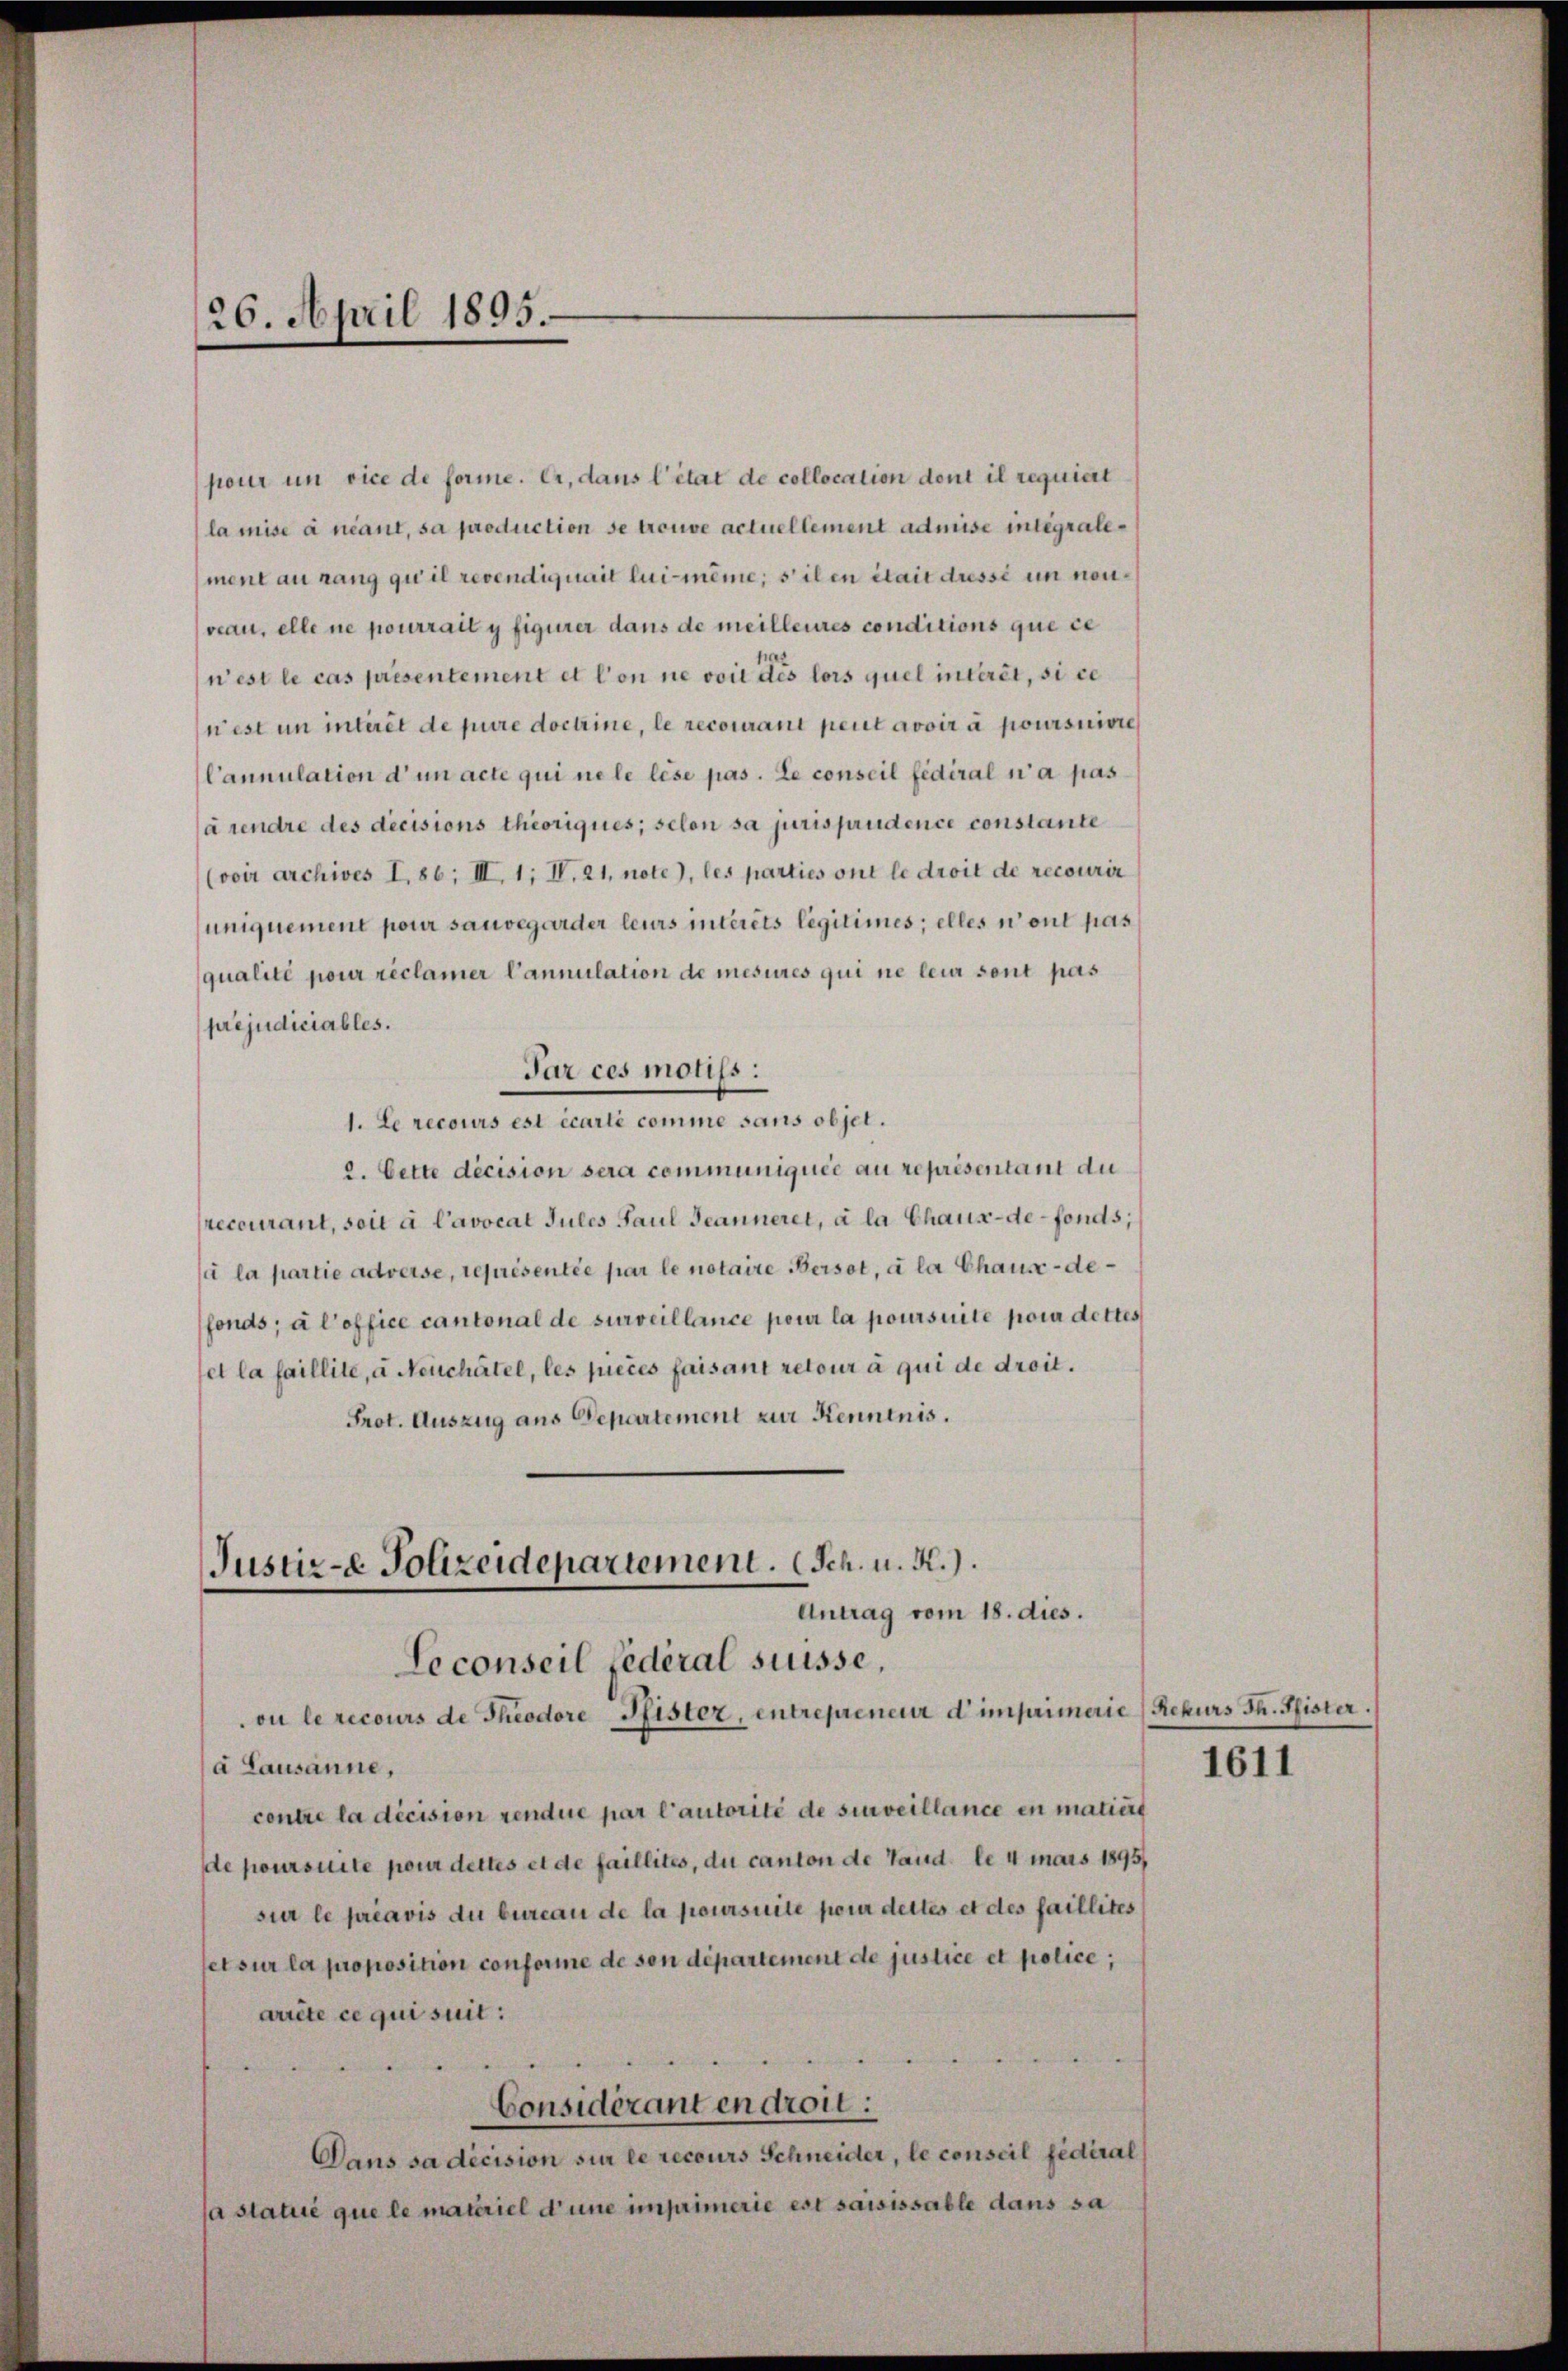
26. April 1895.

pour um vice de forme. Er, dans l’état de collocation dont il requiert
la mise à nant, sa production se trouve actuellement admise integralement au rang qui il revendiquait lui-même, silen était dresse im nonveau, elle ne pourrail y figurer dans de meilleures conditions que ce
n’est le cas présentement et l’on ne voil des lors quel interet, si ce
n’est um intiret de pure doctrine, le recourant peut avoir à poursuivre
Cannulation d’un acte qui ne le lese pas. Le conseil fédéral n’a pas
à rendre des decisions theoriques; selon sa jurisprudence constante
(voir archives I, 86; III. 1; V. 21, note), les parties ont le droit de recourir
uniquement pour sauvegarder leurs interets legitimes; elles n’ont pas
qualité pour réclamer Cannulation de mesures qui ne leur sont pas
préjudiciables.
Par ces motifs :
1. Le recours est écarlé comme sans objet.
2. Cette decision sera communiquée au représentant du
recourant, soit à l’avocat Jules Paul Jeanneret, à la Chaux-de-Fonds,
si la partie adverse, représentée par le notaire Persot, à la Chause - defonds; à l’office cantonal de surveillance pour la poursuite pour dettes
fet la faillite, a Neuchâtel, les pieces faisant retour à qui de droit.
Prot. Auszug aus Departement zur Kenntnis.
Justiz-e Polizeidepartement. (Sch. u. A.).
Antrag vom 18. dies.
Seconseil fédéral suisse,
ou le recours de Theodore Pfister, entrepreneur d’imprimerie (Rekurs Th. Pfister.
a Lausanne,
contre la décision rendue par l’autorité de surveillance in matiert
de poursuite pour dettes et de faillites, du canton de tand le 4 mars 1895/
sur le préavis du bureau de la poursuite pour dettes et des faillites
set sur la proposition conforme de son département de justice et police,
arrête ce qui suit:
Considérant en droit:
Dans sa décision sur le recours Schneider, le conseil fédéral
a statue que le materiel d’une imprimerie est saisissable dans sa

1611